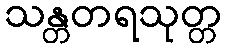
သန္တတရသုတ္တ